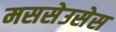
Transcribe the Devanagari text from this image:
मससेउसेस